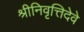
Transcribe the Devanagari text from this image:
श्रीनिवृत्तिदेवे